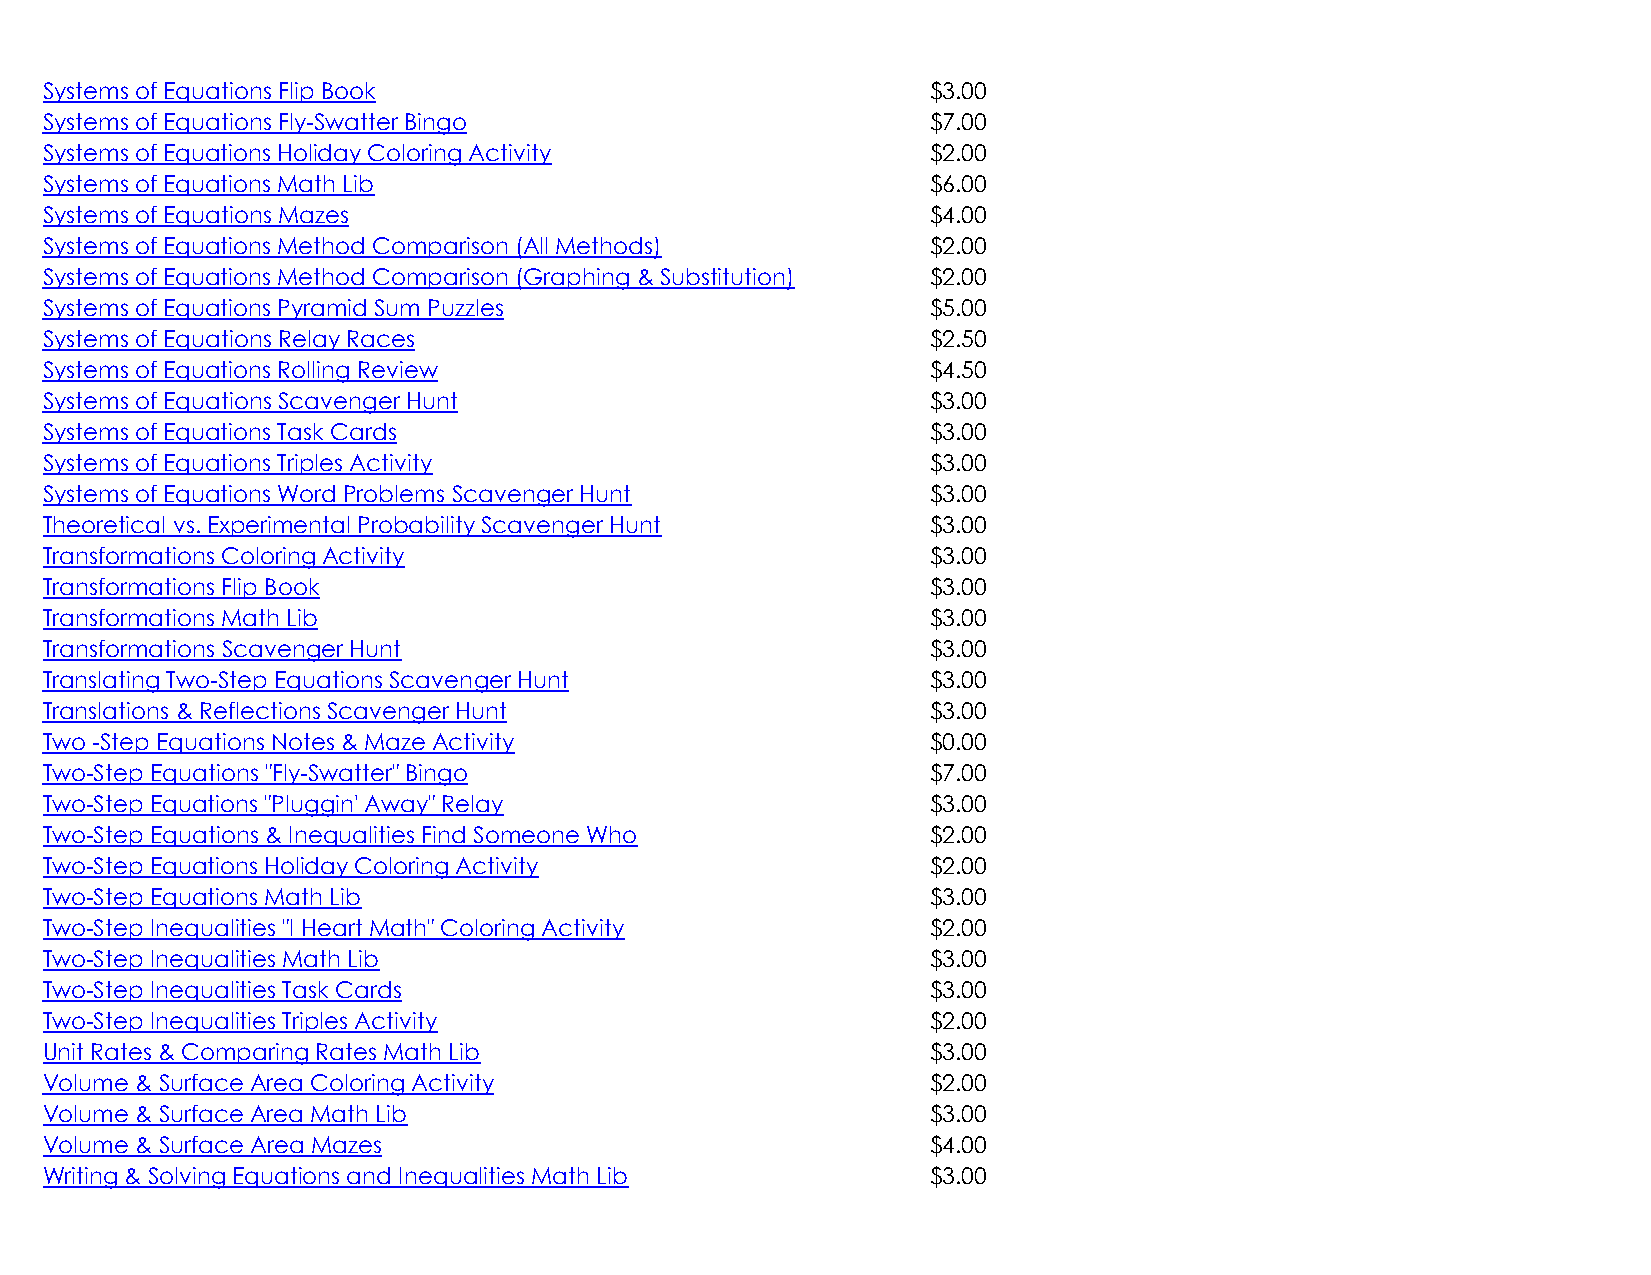
Systems of Equations Flip Book                             $3.00
 Systems of Equations Fly-Swatter Bingo                     $7.00
 Systems of Equations Holiday Coloring Activity             $2.00
 Systems of Equations Math Lib                              $6.00
 Systems of Equations Mazes                                 $4.00
 Systems of Equations Method Comparison (All Methods)       $2.00
 Systems of Equations Method Comparison (Graphing & Substitution) $2.00
 Systems of Equations Pyramid Sum Puzzles                   $5.00
 Systems of Equations Relay Races                           $2.50
 Systems of Equations Rolling Review                        $4.50
 Systems of Equations Scavenger Hunt                        $3.00
 Systems of Equations Task Cards                            $3.00
 Systems of Equations Triples Activity                      $3.00
 Systems of Equations Word Problems Scavenger Hunt          $3.00
 Theoretical vs. Experimental Probability Scavenger Hunt    $3.00
 Transformations Coloring Activity                          $3.00
 Transformations Flip Book                                  $3.00
 Transformations Math Lib                                   $3.00
 Transformations Scavenger Hunt                             $3.00
 Translating Two-Step Equations Scavenger Hunt              $3.00
 Translations & Reflections Scavenger Hunt                  $3.00
 Two -Step Equations Notes & Maze Activity                  $0.00
 Two-Step Equations "Fly-Swatter" Bingo                     $7.00
 Two-Step Equations "Pluggin' Away" Relay                   $3.00
 Two-Step Equations & Inequalities Find Someone Who         $2.00
 Two-Step Equations Holiday Coloring Activity               $2.00
 Two-Step Equations Math Lib                                $3.00
 Two-Step Inequalities "I Heart Math" Coloring Activity     $2.00
 Two-Step Inequalities Math Lib                             $3.00
 Two-Step Inequalities Task Cards                           $3.00
 Two-Step Inequalities Triples Activity                     $2.00
 Unit Rates & Comparing Rates Math Lib                      $3.00
 Volume & Surface Area Coloring Activity                    $2.00
 Volume & Surface Area Math Lib                             $3.00
 Volume & Surface Area Mazes                                $4.00
 Writing & Solving Equations and Inequalities Math Lib      $3.00